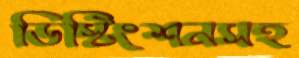
ডিস্টিংশনসহ